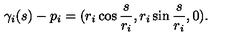
\gamma _ { i } ( s ) - p _ { i } = ( r _ { i } \cos { \frac { s } { r _ { i } } } , r _ { i } \sin { \frac { s } { r _ { i } } } , 0 ) .